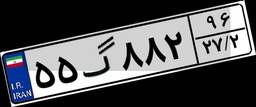
۸۶گ۴۱۵۰۱